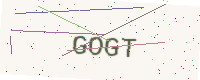
Text: GOGT